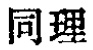
同理